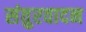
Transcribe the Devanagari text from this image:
संतुरवादन